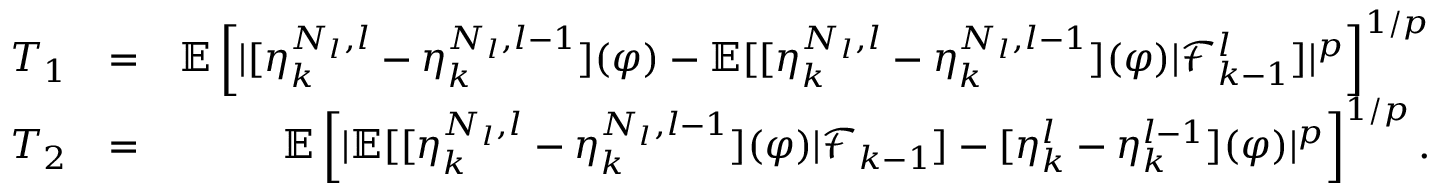
\begin{array} { r l r } { T _ { 1 } } & { = } & { \mathbb { E } \left[ | [ \eta _ { k } ^ { N _ { l } , l } - \eta _ { k } ^ { N _ { l } , l - 1 } ] ( \varphi ) - \mathbb { E } [ [ \eta _ { k } ^ { N _ { l } , l } - \eta _ { k } ^ { N _ { l } , l - 1 } ] ( \varphi ) | \mathcal { F } _ { k - 1 } ^ { l } ] | ^ { p } \right] ^ { 1 / p } } \\ { T _ { 2 } } & { = } & { \mathbb { E } \left[ | \mathbb { E } [ [ \eta _ { k } ^ { N _ { l } , l } - \eta _ { k } ^ { N _ { l } , l - 1 } ] ( \varphi ) | \mathcal { F } _ { k - 1 } ] - [ \eta _ { k } ^ { l } - \eta _ { k } ^ { l - 1 } ] ( \varphi ) | ^ { p } \right] ^ { 1 / p } . } \end{array}